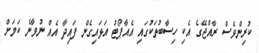
ކުރިންވެސް ރާއްޖޭގެ އެކި ހިސާބުތަކުގައި އެއާޕޯޓު އަޅައިގެން ފައިދާ އެއް ނުވާނެ ކަމަށް